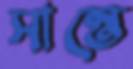
সান্তে